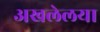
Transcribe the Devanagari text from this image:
अखलेलया